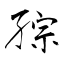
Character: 孮